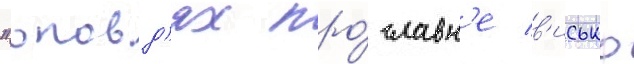
"оповд'ях про́ славн'е в'исько